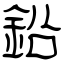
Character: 鉛